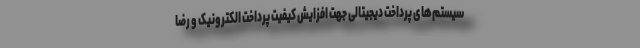
سیستم‌های پرداخت دیجیتالی جهت افزایش کیفیت پرداخت الکترونیک و رضا